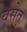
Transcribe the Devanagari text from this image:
वसेत्